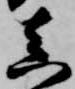
真